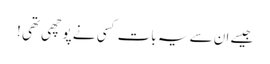
جیسے ان سے یہ بات کسی نے پوچھی تھی !